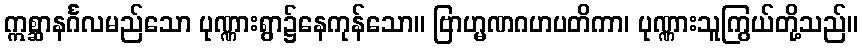
ဣစ္ဆာနင်္ဂလမည်သော ပုဏ္ဏားရွာ၌နေကုန်သော။ ဗြာဟ္မဏဂဟပတိကာ၊ ပုဏ္ဏားသူကြွယ်တို့သည်။